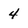
Character: 4